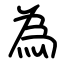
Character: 為